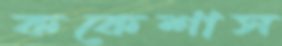
ককেশাস